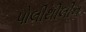
પોલીથીલીન